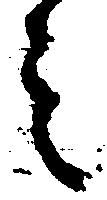
之